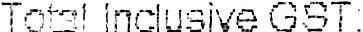
TOTAL INCLUSIVE GST: